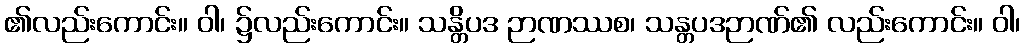
၏လည်းကောင်း။ ဝါ၊ ၌လည်းကောင်း။ သန္တိပဒ ဉာဏဿစ၊ သန္တပဒဉာဏ်၏ လည်းကောင်း။ ဝါ၊